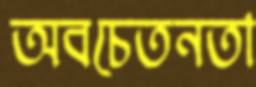
অবচেতনতা